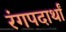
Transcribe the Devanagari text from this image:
रंगपदार्थां